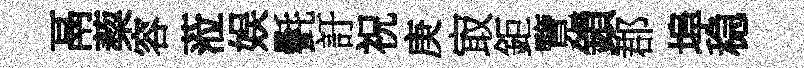
鬲蔾容蒞娱㲲訏祝庚㝡鉅覽鎻郡埠稳